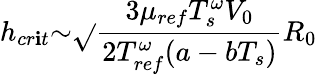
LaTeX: h_{cr\mathbf{i}t}{\sim}\sqrt{}{{\frac{{3{\mu}_{ref}T_{s}^{\omega}V_{0}}}{{2{T_{ref}^{\omega}}(a-bT_{s})}}}}R_{0}